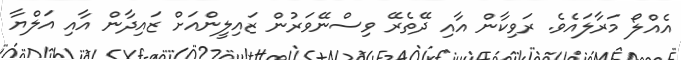
އެއްލޯ މަރާލައެވެ. ރަވިކާން އާއި ދޭތެރޭ ވިސްނޭވަރުން ޒައިލީންއަށް ޒައިދާން އާއި އަލްޔާ